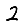
Digit: 2